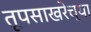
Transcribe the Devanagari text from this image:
तूपसाखरेच्या